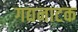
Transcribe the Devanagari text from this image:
गद्यनाटक